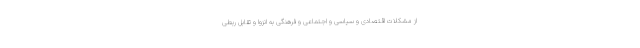
از مشکلات اقتصادی و سیاسی و اجتماعی و فرهنگی به انزوا و تقابل ربطی